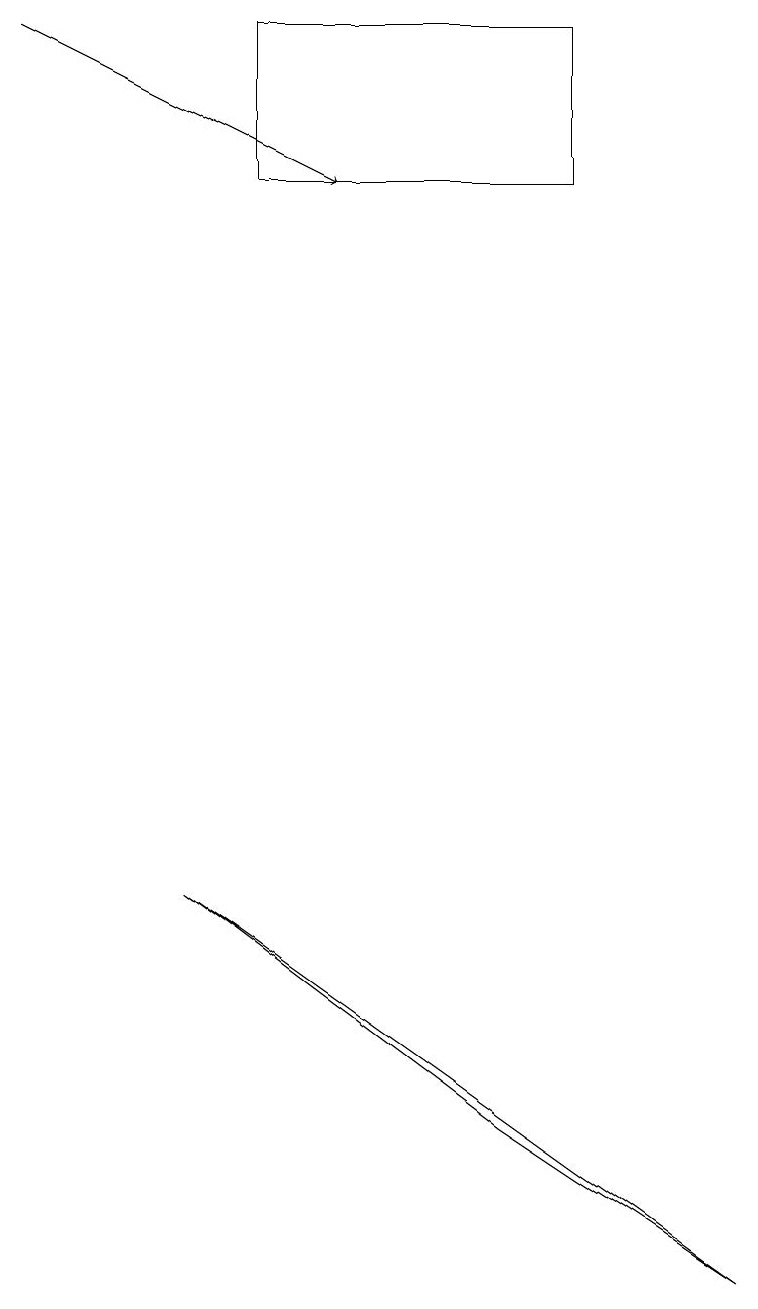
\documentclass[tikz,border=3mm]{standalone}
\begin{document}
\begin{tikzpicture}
\draw[->] (0,17) -- (4,15);
\draw (9,1) -- (6,3) -- (2,6) -- cycle;
\draw (3,15) rectangle (7,17);
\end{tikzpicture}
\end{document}